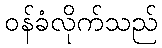
ဝန်ခံလိုက်သည်